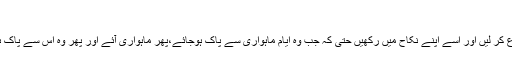
﴾
"ان سے (یعنی اپنی بیوی سے) رجوع کر لیں اور اسے اپنے نکاح میں رکھیں حتی کہ جب وہ ایام ماہواری سے پاک ہوجائے،پھر ماہواری آئے اور پھر وہ اس سے پاک ہو( پھر اگر چاہے تو طلاق دےدے)۔